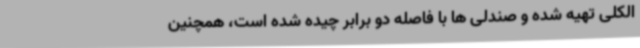
الکلی تهیه شده و صندلی ها با فاصله دو برابر چیده شده است، همچنین